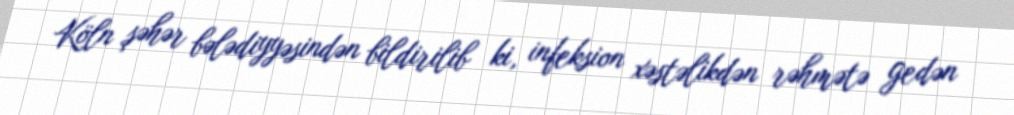
Köln şəhər bələdiyyəsindən bildirilib ki, infeksion xəstəlikdən rəhmətə gedən